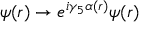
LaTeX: \psi ( r ) \to e ^ { i \gamma _ { 5 } \alpha ( r ) } \psi ( r )